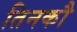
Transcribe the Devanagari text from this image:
तिनकौ